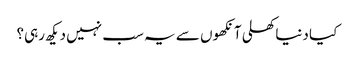
کیا دنیاکھلی آنکھوں سے یہ سب نہیں دیکھ رہی؟